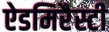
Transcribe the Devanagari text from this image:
ऐडमिरैस्टी